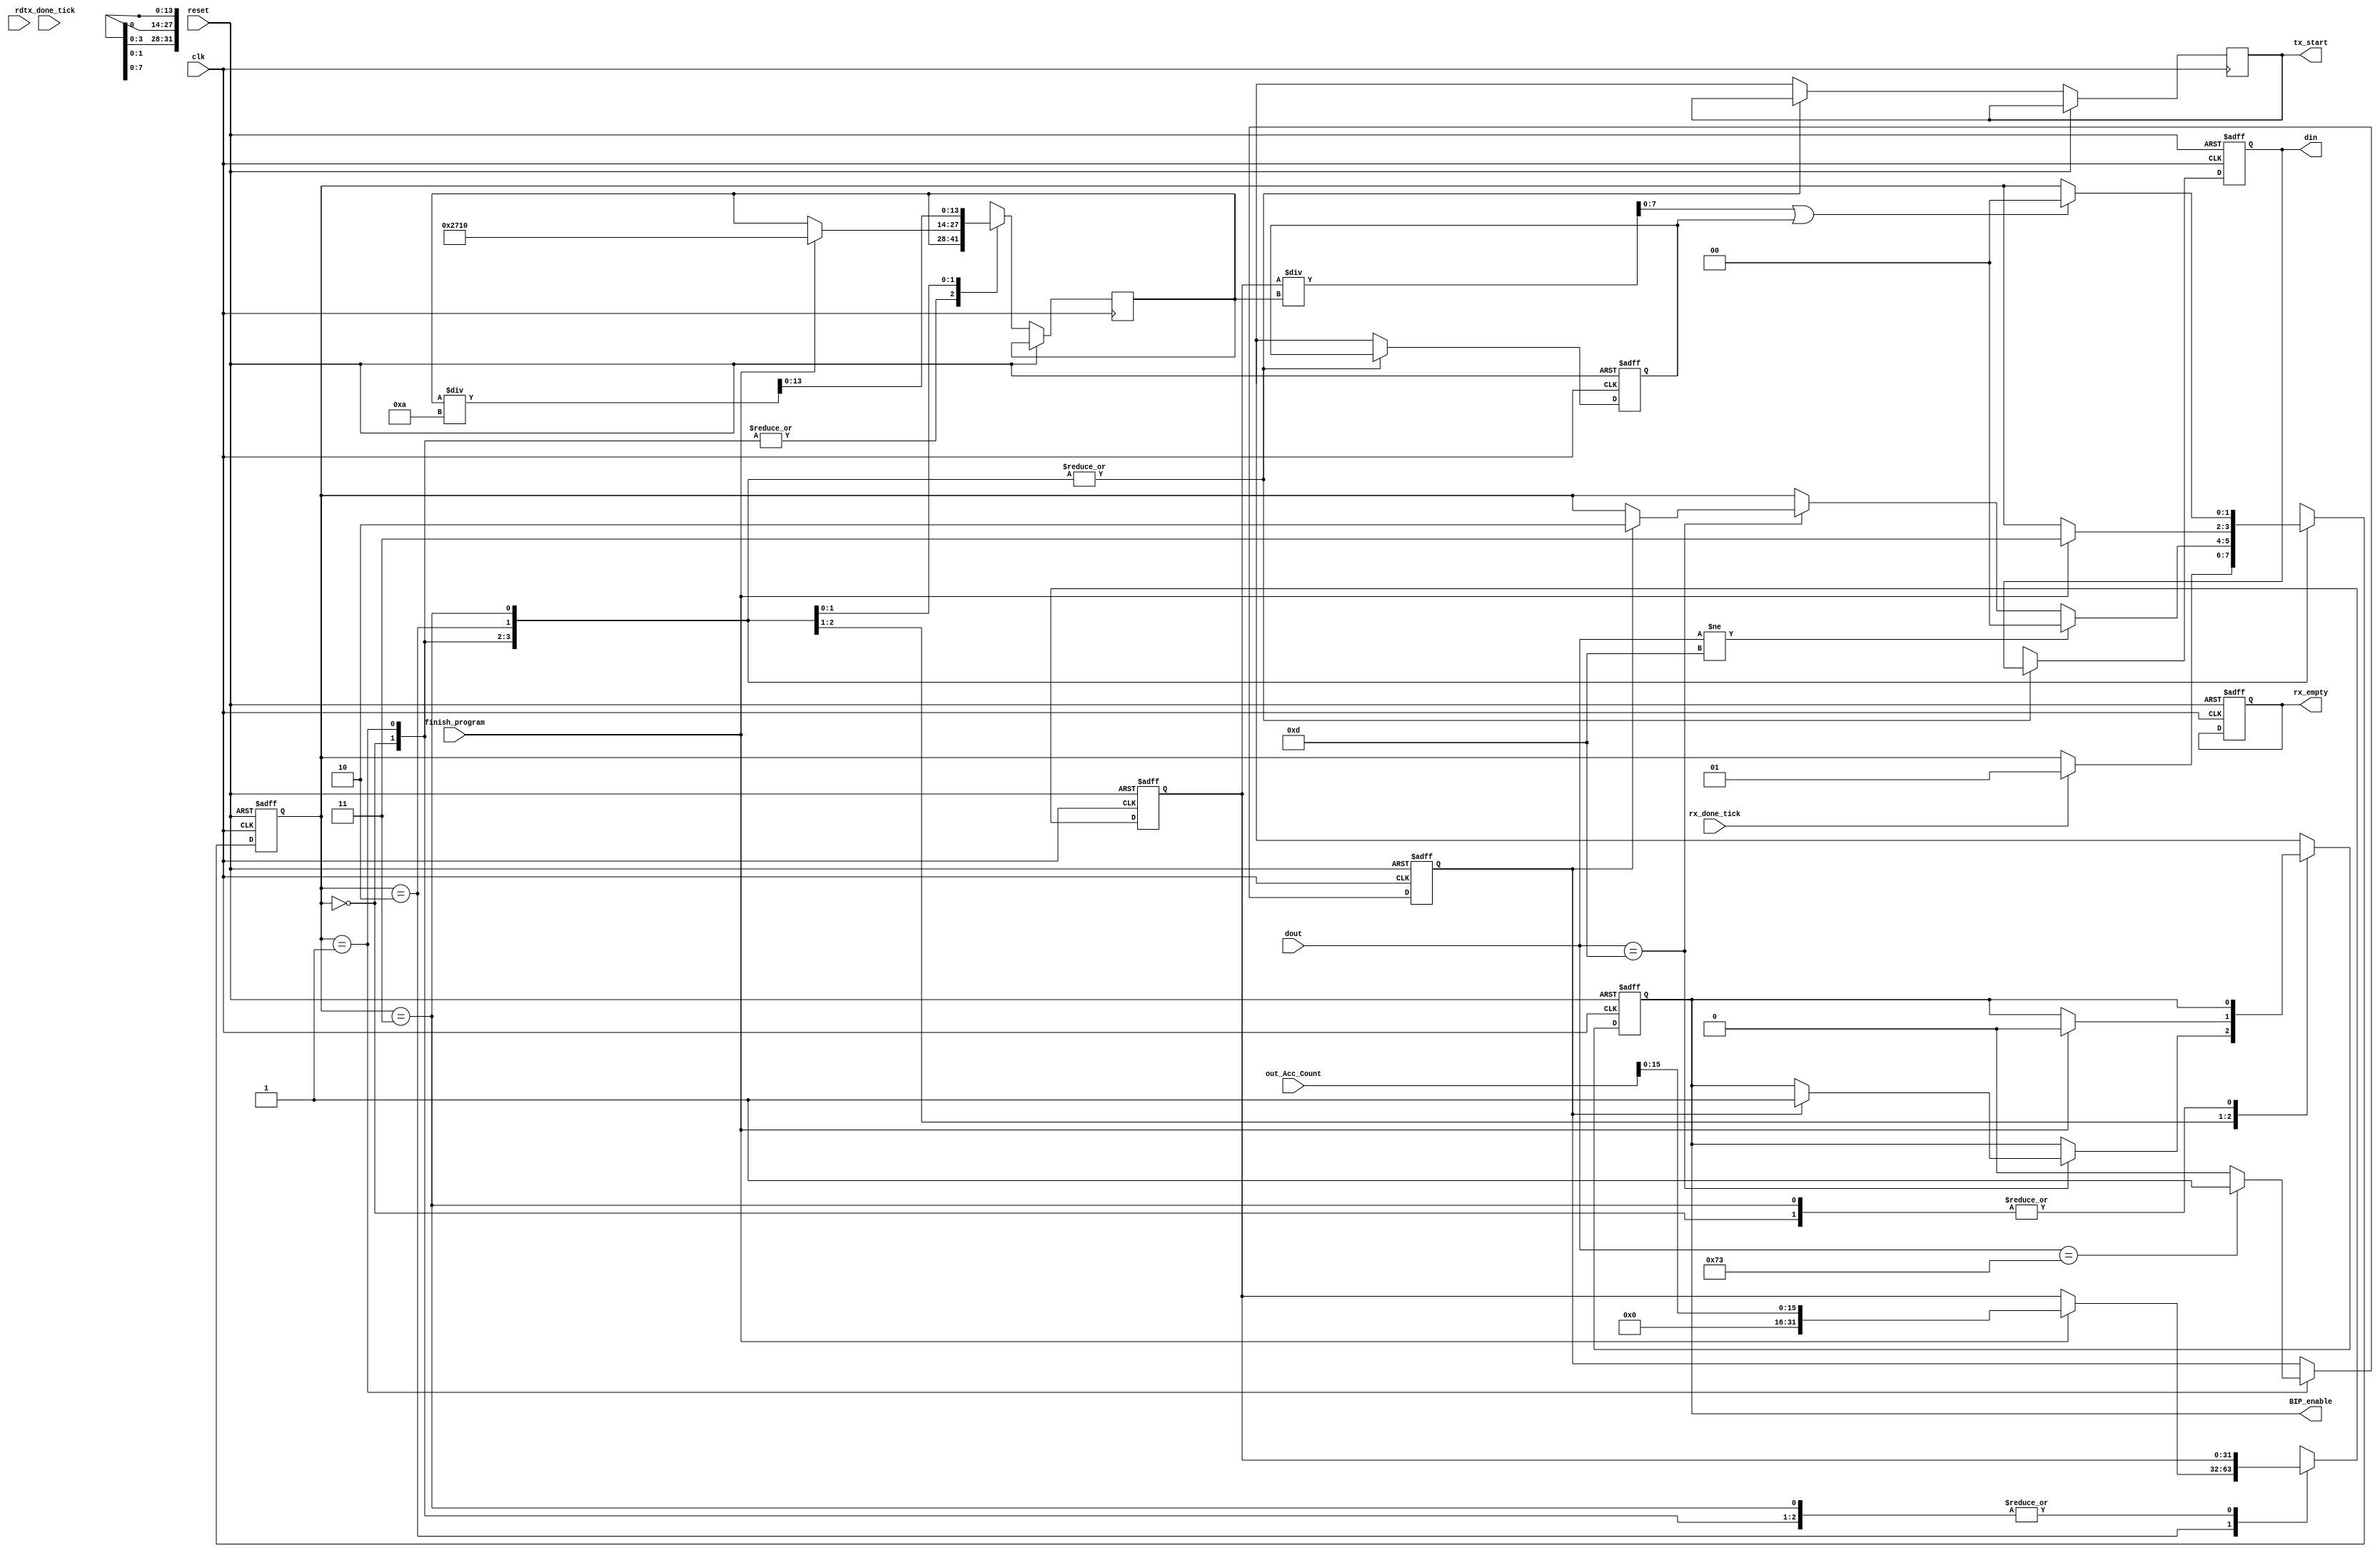
`timescale 1ns / 1ps

module interface
	#(
	   parameter DBIT = 8			// # data bits
    )
	(
	   input wire clk, reset, rx_done_tick, rd, finish_program, tx_done_tick,
	   input wire [7:0] dout,
	   input wire [31:0] out_Acc_Count,
	   output wire [7:0] din,
	   output reg rx_empty, // Es 1 cuando llega una 'd', else 0
	   output wire BIP_enable, tx_start
	);
	
	// symbolic state declaration
	localparam [2:0]
	idle_rx = 3'b000,
	receive = 3'b001,
	idle_tx = 3'b010,
	operate = 3'b011,
	transmit = 3'b100;
	
	// signal declaration
	reg [1:0] state_reg;
	reg [31:0] aux_Acc_Count;//
	reg [15:0] aux_Acc, aux_Count; // solo usa 6 bits, da un warning si le ponemos 8 bits
	reg is_s, aux_BIP, z_flag, acc_sended, tx_start_aux;
	reg [13:0] div; //puede ser integer tambin, pero as no da warning;
	reg [7:0] dig, out;
	
	// body
	// FSMD next-state logic
	always @(posedge clk , posedge reset)
	begin
        if (reset) 
            begin
                state_reg <= idle_rx;
                aux_Acc_Count <= 0; // aux lo inicializamos en 0
                aux_Acc <= 0;
                aux_Count <= 0;
                rx_empty <= 1'b0;
                is_s <= 0;
                acc_sended <= 0;
                out <= 0;
                z_flag <= 0;
                dig <= 0;
                aux_BIP <= 0;
            end
        else
            begin
                case (state_reg)
                    idle_rx :
                      if (rx_done_tick) state_reg = receive;
                    receive :
                      begin
                        case (dout)
                            115:           // 115: 's' en ascii (second operand)
                                is_s <= 1;
                            13:            // 13: 'Enter' en ascii (operation)  
                                begin
                                    if (is_s) 
                                        begin
                                            aux_BIP <= 1;
                                            is_s <= 0;
                                            state_reg = idle_tx;
                                        end
                                end
                            default: is_s <= 0; // Seteo en 0 el is_s
                        endcase //endcase (dout)
                         if (dout!=13) state_reg = idle_rx; // si no siempre vuelve a idle_rx y nunca va a idle_tx
                      end //end recive
                  idle_tx:
                    if(finish_program)  // Es 1 si termino el programa, else 0
                        begin
                            state_reg = operate;
                            aux_BIP = 0;
                            aux_Count = out_Acc_Count[31:16];
                            aux_Acc = out_Acc_Count[15:0];
                            aux_Acc_Count = aux_Acc;
                            div = 10000;
                        end
                  operate:
                    begin
                        dig = aux_Acc_Count / div;    // divido para obtener el digito a transmitir (ej, 123/100 - obtengo 1 en it. 1)
                        div = div / 10;     // Divido por 10 para en la sig iteracin obtener el sig digito (100/10=10)
                        if(dig || z_flag == 1) state_reg = transmit; // Entro si dig != 0  zflag = 1 si ya transmiti un valor y tengo que mandar un 0
                    end 
                  transmit :
                      begin
                         out = dig+48; // Sumo 48 al digito enviado para transmitir en ascii
                         tx_start_aux = 1'b1;
                         if (tx_done_tick)
                           begin
                               z_flag= 1'b1;
                               state_reg = operate ;
                               tx_start_aux = 1'b0;
                               if (div == 0) // Resetamos todos los parametros y le decimos a rx_int que puede volver a recibir
                                   begin
                                       //rd_aux = 1'b1; // rx_int puede recibir
                                       z_flag = 1'b0;
                                       div = 10000;
                                       if (acc_sended==1) state_reg = idle_rx;
                                       acc_sended = 1;
                                       out = 0;
                                       dig = 0;
                                       aux_Acc_Count = aux_Count;
                                   end
                               else aux_Acc_Count = aux_Acc_Count % (div*10);
                           end
                       end  
		        endcase //end case (state_reg)
		    end //end else
	end //end always
/*	
           transmit_reset :
              begin
                 out = 13; // enter en ascii (reset)
                 
                 tx_start_aux = 1'b1; 
                 if (tx_done_tick) 
                   begin
                       out = 0;
                       rd_aux = 1'b0;
                       zflag = 1'b0;
                       tx_start_aux = 1'b0;
                       dig = 0;
                       aux =0;
                       state_reg = idle;
                   end
               end     
       endcase //end case (state_reg)
*/

	// output
	assign BIP_enable = aux_BIP;
	assign din = out;
    assign tx_start = tx_start_aux;
	
endmodule